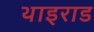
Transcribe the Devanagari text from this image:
थाइराड